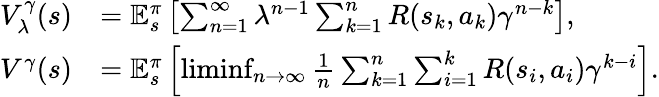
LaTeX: \begin{array}{rl}{V_{\lambda}^{\gamma}(s)}&{=\mathbb{E}_{s}^{\pi}\left[\sum_{n=1}^{\infty}\lambda^{n-1}\sum_{k=1}^{n}R(s_{k},a_{k})\gamma^{n-k}\right],}\\ {V^{\gamma}(s)}&{=\mathbb{E}_{s}^{\pi}\left[\operatorname*{liminf}_{n\to\infty}\frac{1}{n}\sum_{k=1}^{n}\sum_{i=1}^{k}R(s_{i},a_{i})\gamma^{k-i}\right].}\end{array}